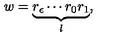
w = \underbrace { r _ { \epsilon } \cdots r _ { 0 } r _ { 1 } } _ { l } ,